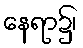
နေရာ၌၊